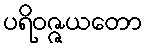
ပရိဝဇ္ဇယတော